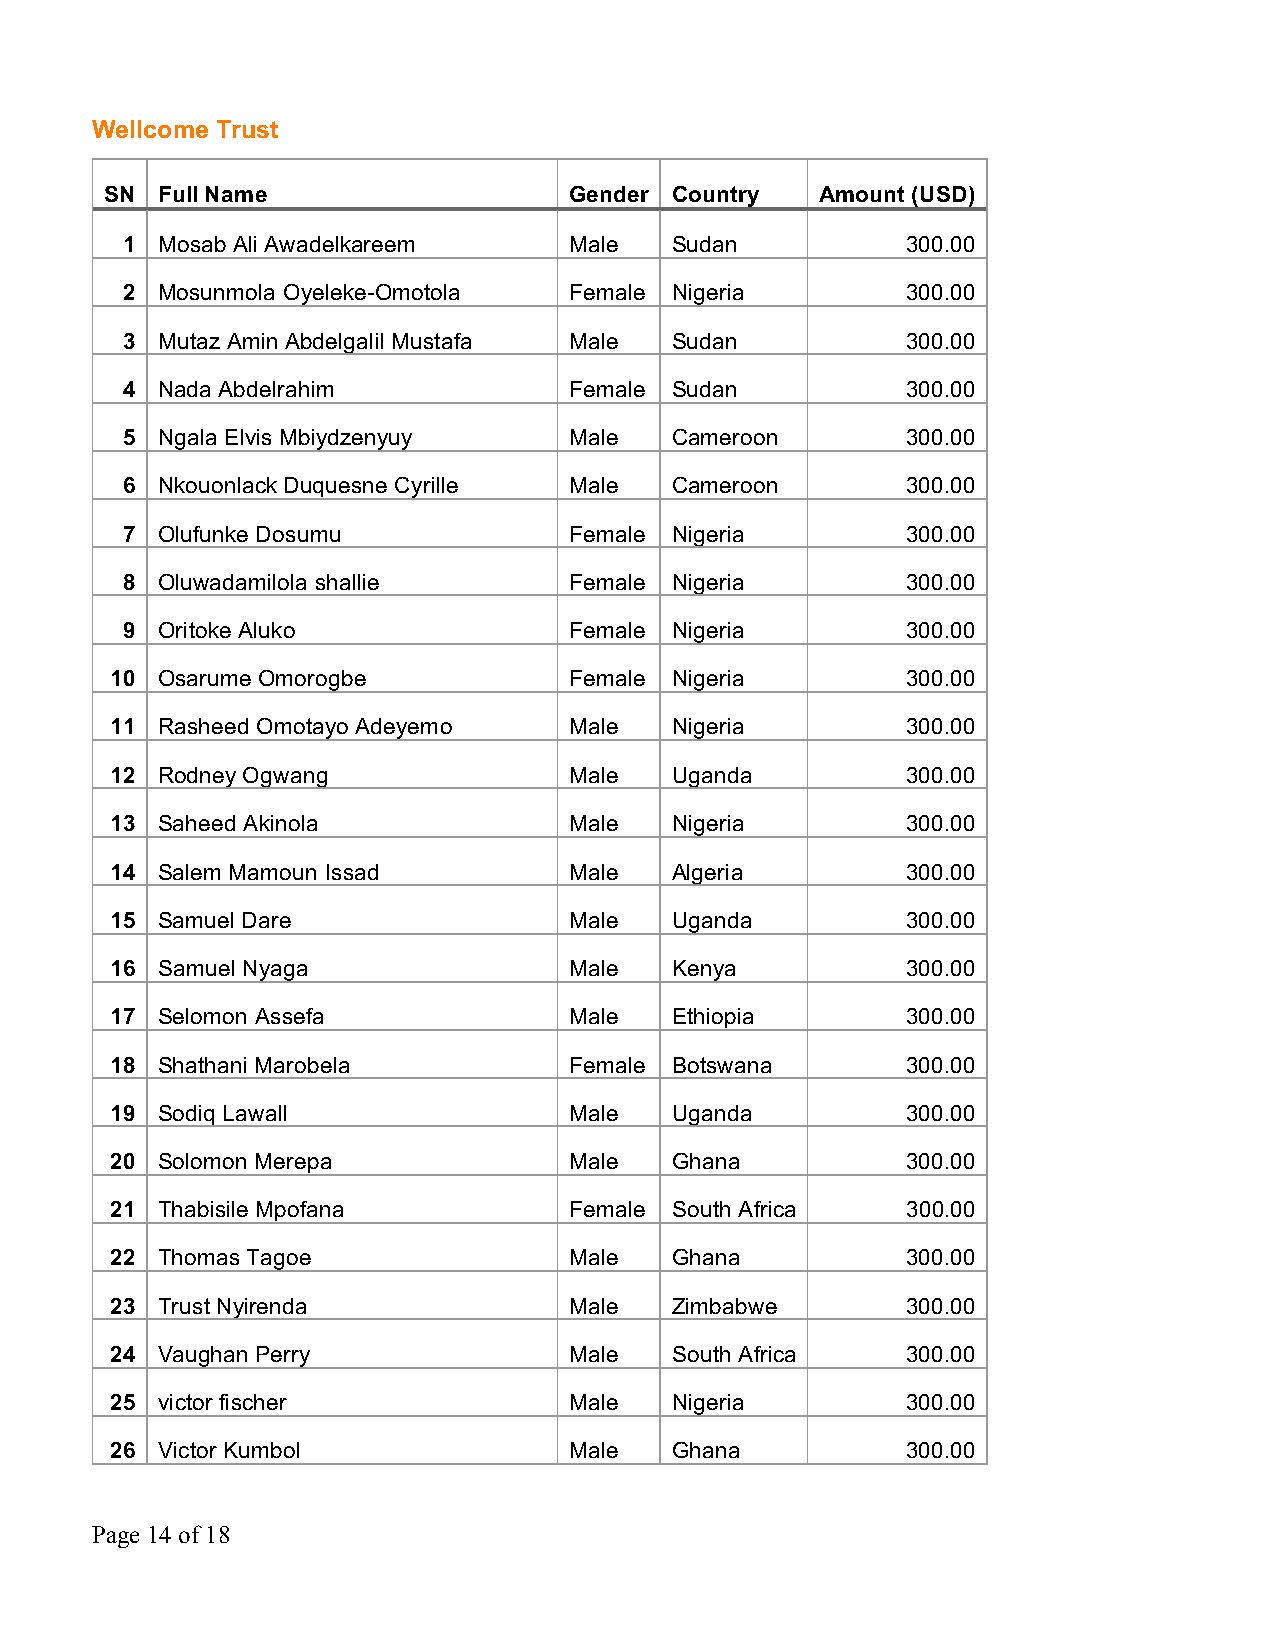
Wellcome Trust
 SN Full Name                   Gender Country  Amount (USD)
 1 Mosab Ali Awadelkareem      Male  Sudan           300.00
 2 Mosunmola Oyeleke-Omotola   Female Nigeria        300.00
 3 Mutaz Amin Abdelgalil Mustafa Male Sudan          300.00
 4 Nada Abdelrahim             Female Sudan          300.00
 5 Ngala Elvis Mbiydzenyuy     Male  Cameroon        300.00
 6 Nkouonlack Duquesne Cyrille Male  Cameroon        300.00
 7 Olufunke Dosumu             Female Nigeria        300.00
 8 Oluwadamilola shallie       Female Nigeria        300.00
 9 Oritoke Aluko               Female Nigeria        300.00
 10 Osarume Omorogbe            Female Nigeria        300.00
 11 Rasheed Omotayo Adeyemo     Male  Nigeria         300.00
 12 Rodney Ogwang               Male  Uganda          300.00
 13 Saheed Akinola              Male  Nigeria         300.00
 14 Salem Mamoun Issad          Male  Algeria         300.00
 15 Samuel Dare                 Male  Uganda          300.00
 16 Samuel Nyaga                Male  Kenya           300.00
 17 Selomon Assefa              Male  Ethiopia        300.00
 18 Shathani Marobela           Female Botswana       300.00
 19 Sodiq Lawall                Male  Uganda          300.00
 20 Solomon Merepa              Male  Ghana           300.00
 21 Thabisile Mpofana           Female South Africa   300.00
 22 Thomas Tagoe                Male  Ghana           300.00
 23 Trust Nyirenda              Male  Zimbabwe        300.00
 24 Vaughan Perry               Male  South Africa    300.00
 25 victor fischer              Male  Nigeria         300.00
 26 Victor Kumbol               Male  Ghana           300.00
 Page 14 of 18